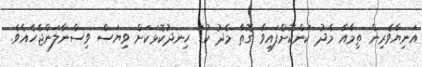
އަނިޔާވެރިން ތިމާއާ މެދު ކަންކޮށްފައިވާ ގޮތާ މެދު ކުޑަ ހިނދުކޮޅަކަށް ވިޔަސް ވިސްނާލަންޖެހެއެވެ.